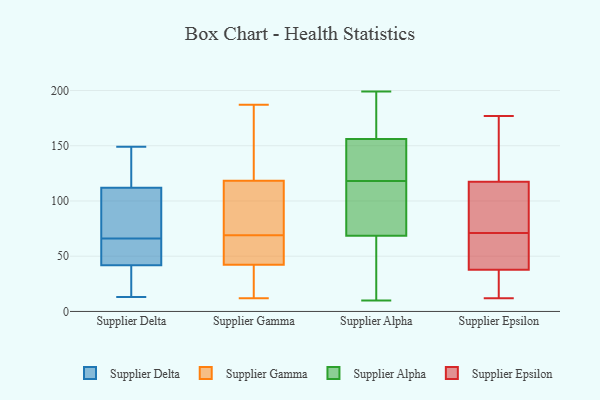
{"axis": {"x": "Customer Acquisition Cost (USD)", "y": "Value"}, "legend": ["Supplier Alpha", "Supplier Delta", "Supplier Epsilon", "Supplier Gamma"], "data": [{"x": "", "y": 88, "type": "Supplier Delta"}, {"x": "", "y": 76, "type": "Supplier Delta"}, {"x": "", "y": 132, "type": "Supplier Delta"}, {"x": "", "y": 66, "type": "Supplier Delta"}, {"x": "", "y": 110, "type": "Supplier Delta"}, {"x": "", "y": 30, "type": "Supplier Delta"}, {"x": "", "y": 118, "type": "Supplier Delta"}, {"x": "", "y": 149, "type": "Supplier Delta"}, {"x": "", "y": 48, "type": "Supplier Delta"}, {"x": "", "y": 43, "type": "Supplier Delta"}, {"x": "", "y": 38, "type": "Supplier Delta"}, {"x": "", "y": 13, "type": "Supplier Delta"}, {"x": "", "y": 66, "type": "Supplier Delta"}, {"x": "", "y": 187, "type": "Supplier Gamma"}, {"x": "", "y": 119, "type": "Supplier Gamma"}, {"x": "", "y": 42, "type": "Supplier Gamma"}, {"x": "", "y": 24, "type": "Supplier Gamma"}, {"x": "", "y": 116, "type": "Supplier Gamma"}, {"x": "", "y": 62, "type": "Supplier Gamma"}, {"x": "", "y": 34, "type": "Supplier Gamma"}, {"x": "", "y": 172, "type": "Supplier Gamma"}, {"x": "", "y": 43, "type": "Supplier Gamma"}, {"x": "", "y": 69, "type": "Supplier Gamma"}, {"x": "", "y": 12, "type": "Supplier Gamma"}, {"x": "", "y": 19, "type": "Supplier Gamma"}, {"x": "", "y": 92, "type": "Supplier Gamma"}, {"x": "", "y": 58, "type": "Supplier Gamma"}, {"x": "", "y": 152, "type": "Supplier Gamma"}, {"x": "", "y": 48, "type": "Supplier Gamma"}, {"x": "", "y": 111, "type": "Supplier Gamma"}, {"x": "", "y": 150, "type": "Supplier Gamma"}, {"x": "", "y": 103, "type": "Supplier Gamma"}, {"x": "", "y": 10, "type": "Supplier Alpha"}, {"x": "", "y": 52, "type": "Supplier Alpha"}, {"x": "", "y": 147, "type": "Supplier Alpha"}, {"x": "", "y": 42, "type": "Supplier Alpha"}, {"x": "", "y": 126, "type": "Supplier Alpha"}, {"x": "", "y": 192, "type": "Supplier Alpha"}, {"x": "", "y": 110, "type": "Supplier Alpha"}, {"x": "", "y": 103, "type": "Supplier Alpha"}, {"x": "", "y": 130, "type": "Supplier Alpha"}, {"x": "", "y": 176, "type": "Supplier Alpha"}, {"x": "", "y": 165, "type": "Supplier Alpha"}, {"x": "", "y": 199, "type": "Supplier Alpha"}, {"x": "", "y": 26, "type": "Supplier Alpha"}, {"x": "", "y": 132, "type": "Supplier Alpha"}, {"x": "", "y": 110, "type": "Supplier Alpha"}, {"x": "", "y": 85, "type": "Supplier Alpha"}, {"x": "", "y": 33, "type": "Supplier Epsilon"}, {"x": "", "y": 15, "type": "Supplier Epsilon"}, {"x": "", "y": 61, "type": "Supplier Epsilon"}, {"x": "", "y": 46, "type": "Supplier Epsilon"}, {"x": "", "y": 56, "type": "Supplier Epsilon"}, {"x": "", "y": 35, "type": "Supplier Epsilon"}, {"x": "", "y": 154, "type": "Supplier Epsilon"}, {"x": "", "y": 177, "type": "Supplier Epsilon"}, {"x": "", "y": 174, "type": "Supplier Epsilon"}, {"x": "", "y": 25, "type": "Supplier Epsilon"}, {"x": "", "y": 12, "type": "Supplier Epsilon"}, {"x": "", "y": 71, "type": "Supplier Epsilon"}, {"x": "", "y": 101, "type": "Supplier Epsilon"}, {"x": "", "y": 123, "type": "Supplier Epsilon"}, {"x": "", "y": 80, "type": "Supplier Epsilon"}, {"x": "", "y": 86, "type": "Supplier Epsilon"}, {"x": "", "y": 150, "type": "Supplier Epsilon"}, {"x": "", "y": 56, "type": "Supplier Epsilon"}, {"x": "", "y": 75, "type": "Supplier Epsilon"}]}